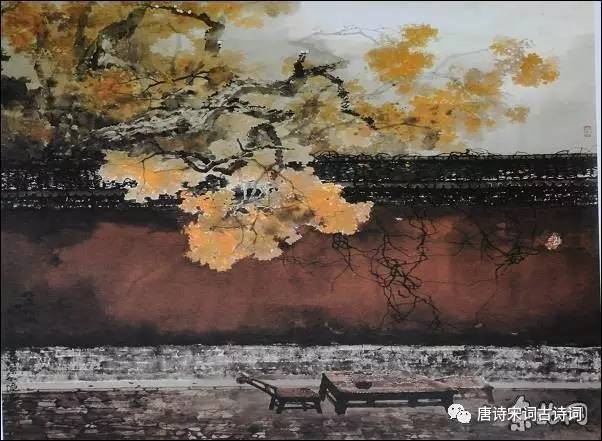
落日心犹壮，秋风病欲疏。